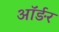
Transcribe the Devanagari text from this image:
ऑर्ङर